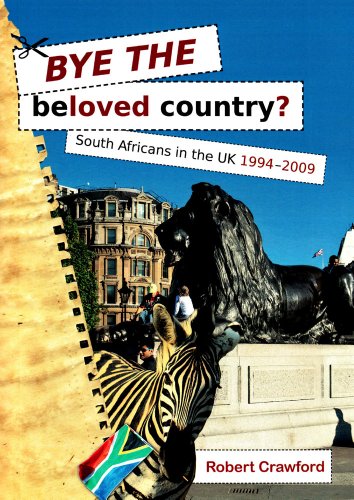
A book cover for Bye the Beloved Country: South Africans in the UK, 1994-2009; Robert Crawford; History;